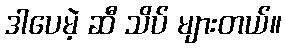
ဒါပေမဲ့ ဆီ သိပ် များတယ်။